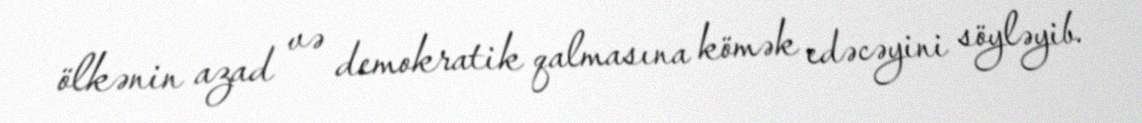
ölkənin azad və demokratik qalmasına kömək edəcəyini söyləyib.